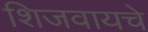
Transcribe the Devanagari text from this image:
शिजवायचे